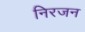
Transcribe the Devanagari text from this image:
निरजन